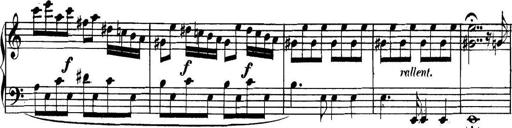
Title: Collected Piano Sonatas
Composer: Muzio Clementi